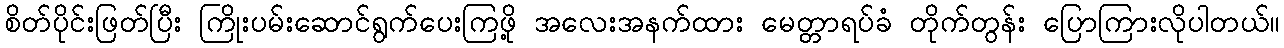
စိတ်ပိုင်းဖြတ်ပြီး ကြိုးပမ်းဆောင်ရွက်ပေးကြဖို့ အလေးအနက်ထား မေတ္တာရပ်ခံ တိုက်တွန်း ပြောကြားလိုပါတယ်။